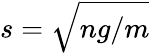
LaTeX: s={\sqrt{ng/m}}